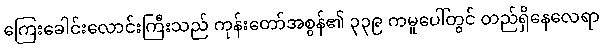
ကြေးခေါင်းလောင်းကြီးသည် ကုန်းတော်အစွန်၏ ၃၃၉ ကမူပေါ်တွင် တည်ရှိနေလေရာ